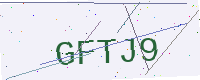
Text: GFTJ9